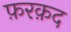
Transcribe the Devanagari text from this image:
फ़रक़द